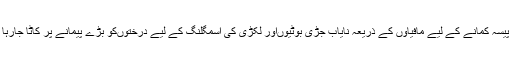
زیادہ پیسہ کمانے کے لیے مافیاؤں کے ذریعہ نایاب جڑی بوٹیوںاور لکڑی کی اسمگلنگ کے لیے درختوںکو بڑے پیمانے پر کاٹا جارہا ہے ۔